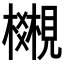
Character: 𧢎